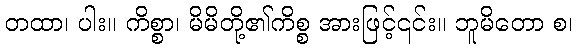
တထာ၊ ပါး။ ကိစ္စာ၊ မိမိတို့၏ကိစ္စ အားဖြင့်၎င်း။ ဘူမိတော စ၊